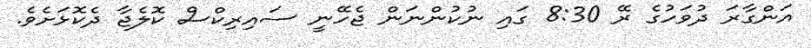
އަންގާރަ ދުވަހުގެ ރޭ 8:30 ގައި ނުކުންނަން ޖެހޭނީ ސައިރިކްސް ކޮލެޖާ ދެކޮޅަށެވެ.